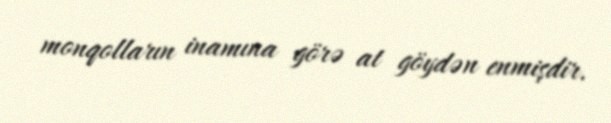
monqolların inamına görə at göydən enmişdir.